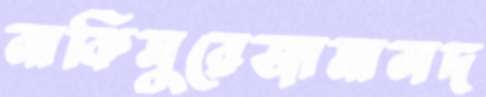
নাকিসুরেজামালদ